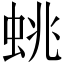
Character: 䖴